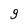
Character: 9